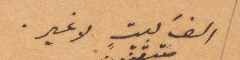
الف بيت لا غير